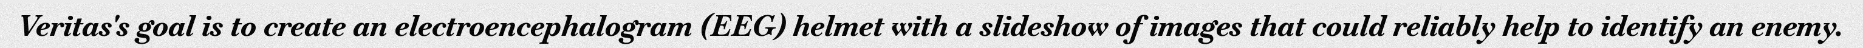
Veritas's goal is to create an electroencephalogram (EEG) helmet with a slideshow of images that could reliably help to identify an enemy.